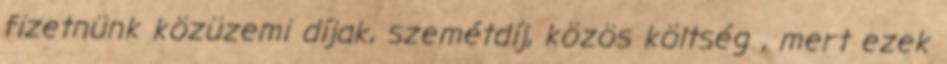
fizetnünk közüzemi díjak, szemétdíj, közös költség , mert ezek